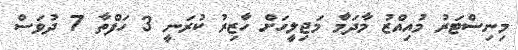
މިނިސްޓަރު މުއިއްޒު މާދަމާ މަޖިލީހަށް ހާޒިރު ކުރަނީ 3 ހަފްތާ 7 ދުވަސް